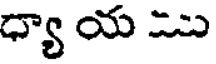
ధ్యా య ు